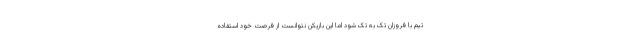
تیم با فروزان تک به تک شود اما این بازیکن نتوانست از فرصت خود استفاده